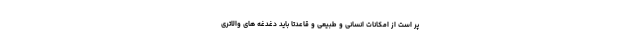
پر است از امکانات انسانی و طبیعی و قاعدتاً باید دغدغه های والاتری